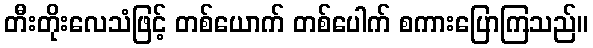
တီးတိုးလေသံဖြင့် တစ်ယောက် တစ်ပေါက် စကားပြောကြသည်။